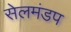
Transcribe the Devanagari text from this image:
सेलमंडप